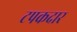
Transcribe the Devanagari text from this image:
टपकदार